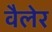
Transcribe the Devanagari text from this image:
वैलेर